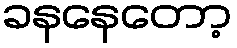
ခနနေတော့